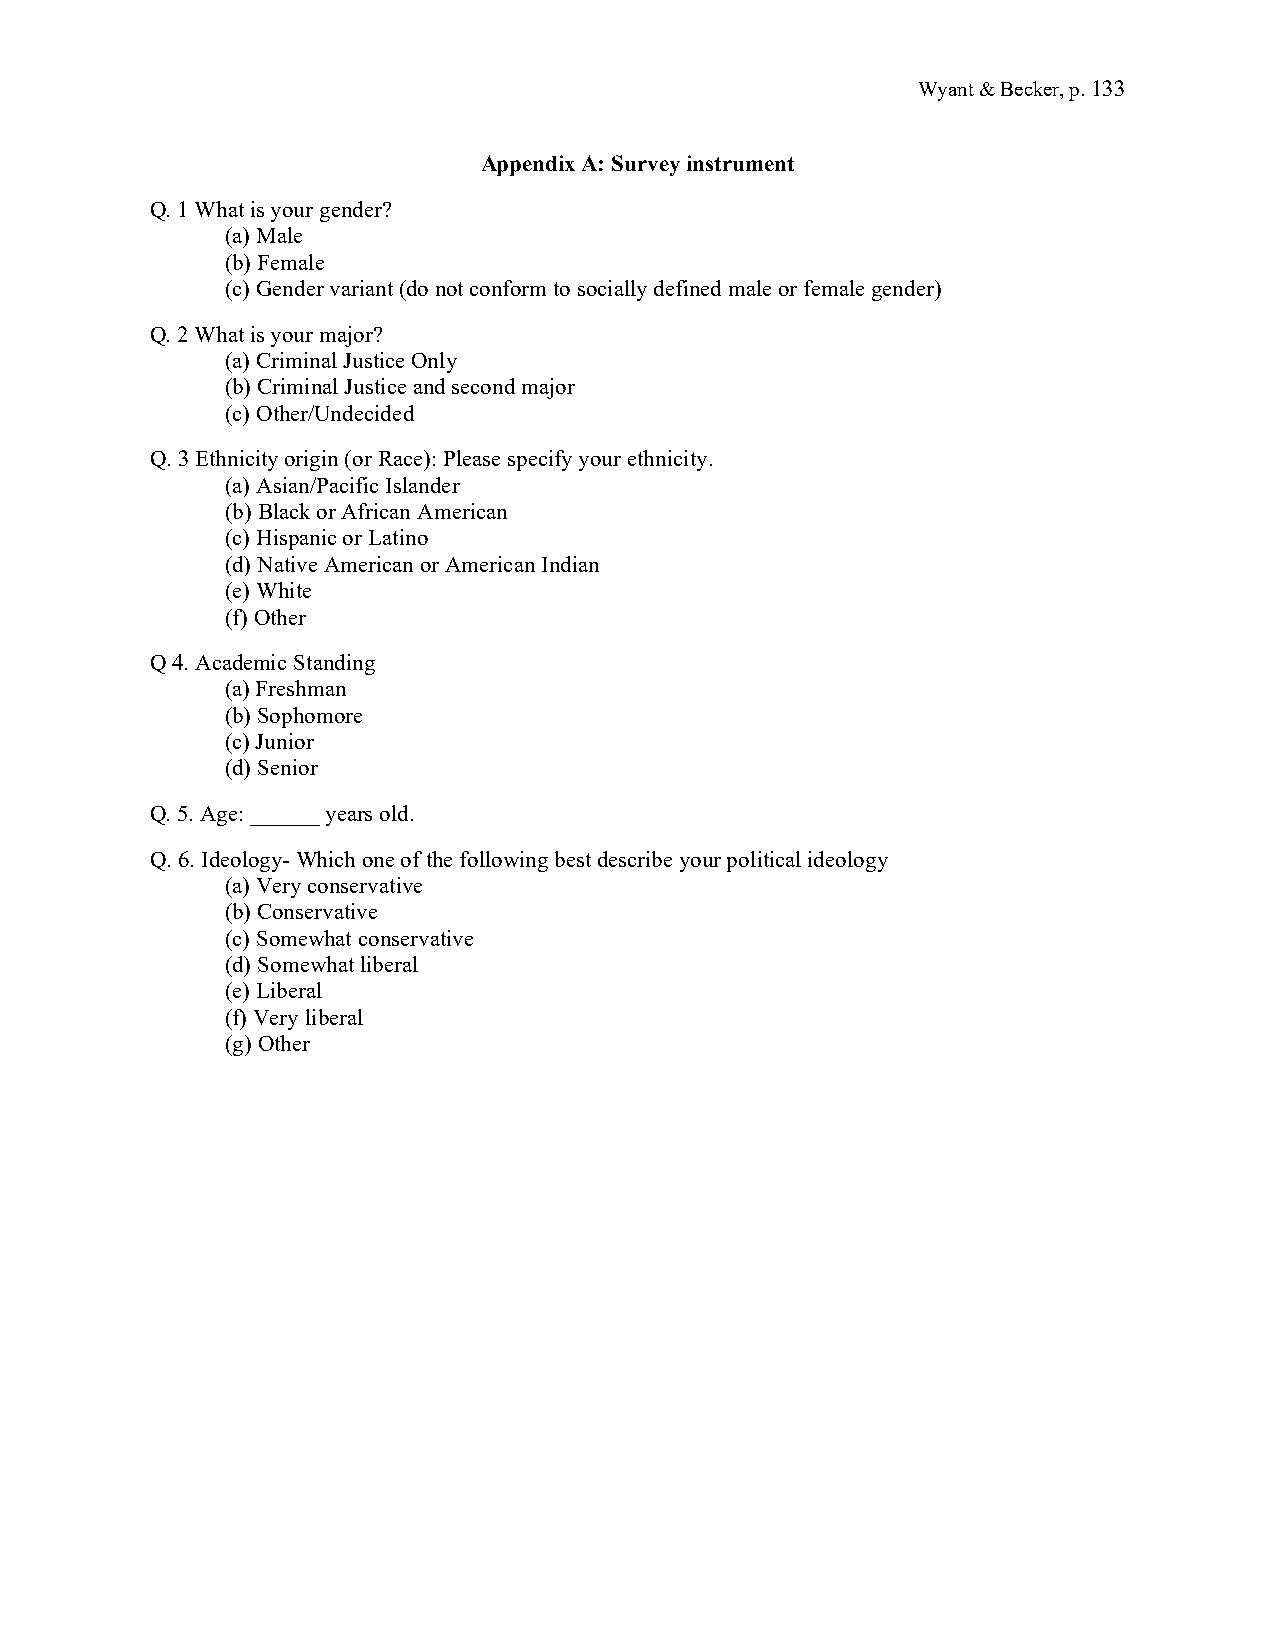
Wyant & Becker, p. 133
 Appendix A: Survey instrument
 Q. 1 What is your gender?
 (a) Male
 (b) Female
 (c) Gender variant (do not conform to socially defined male or female gender)
 Q. 2 What is your major?
 (a) Criminal Justice Only
 (b) Criminal Justice and second major
 (c) Other/Undecided
 Q. 3 Ethnicity origin (or Race): Please specify your ethnicity.
 (a) Asian/Pacific Islander
 (b) Black or African American
 (c) Hispanic or Latino
 (d) Native American or American Indian
 (e) White
 (f) Other
 Q 4. Academic Standing
 (a) Freshman
 (b) Sophomore
 (c) Junior
 (d) Senior
 Q. 5. Age: ______ years old.
 Q. 6. Ideology- Which one of the following best describe your political ideology
 (a) Very conservative
 (b) Conservative
 (c) Somewhat conservative
 (d) Somewhat liberal
 (e) Liberal
 (f) Very liberal
 (g) Other